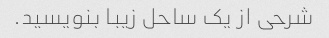
شرحی از یک ساحل زیبا بنویسید.